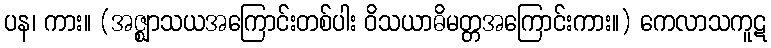
ပန၊ ကား။ (အဇ္ဈာသယအကြောင်းတစ်ပါး ဝိသယာဓိမတ္တအကြောင်းကား။) ကေလာသကူဋ